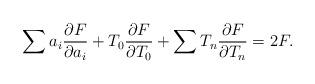
LaTeX: \begin{align*}\sum a_i \frac{\partial F}{\partial a_i}+T_0\frac{\partial F}{\partial T_0}+\sum T_n\frac{\partial F}{\partial T_n}=2 F.\end{align*}